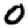
Digit: 0